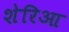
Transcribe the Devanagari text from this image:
शेरिआ